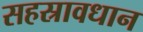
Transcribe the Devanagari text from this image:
सहस्रावधान